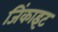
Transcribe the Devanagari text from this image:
जिंकाइट